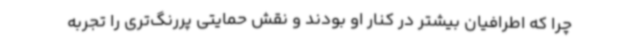
چرا که اطرافیان بیشتر در کنار او بودند و نقش حمایتی پررنگ‌تری را تجربه